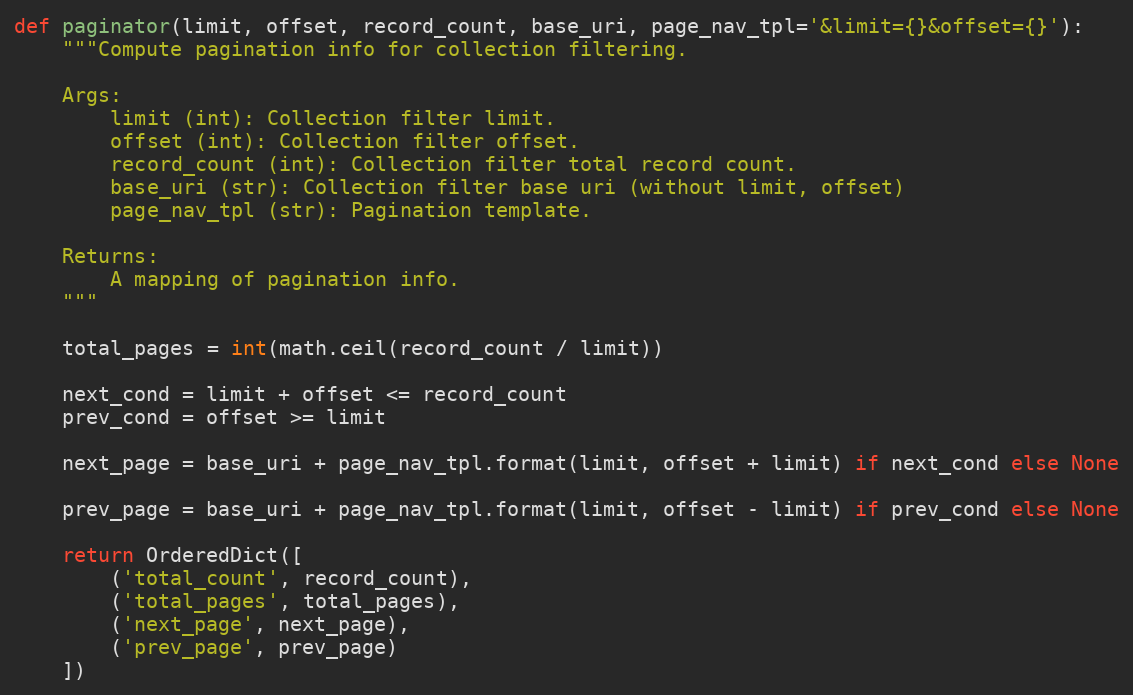
Language: Python
def paginator(limit, offset, record_count, base_uri, page_nav_tpl='&limit={}&offset={}'):
    """Compute pagination info for collection filtering.

    Args:
        limit (int): Collection filter limit.
        offset (int): Collection filter offset.
        record_count (int): Collection filter total record count.
        base_uri (str): Collection filter base uri (without limit, offset)
        page_nav_tpl (str): Pagination template.

    Returns:
        A mapping of pagination info.
    """

    total_pages = int(math.ceil(record_count / limit))

    next_cond = limit + offset <= record_count
    prev_cond = offset >= limit

    next_page = base_uri + page_nav_tpl.format(limit, offset + limit) if next_cond else None

    prev_page = base_uri + page_nav_tpl.format(limit, offset - limit) if prev_cond else None

    return OrderedDict([
        ('total_count', record_count),
        ('total_pages', total_pages),
        ('next_page', next_page),
        ('prev_page', prev_page)
    ])